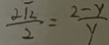
\frac { 2 \sqrt { 2 } } { 2 } = \frac { 2 - y } { y }